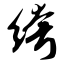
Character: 绔